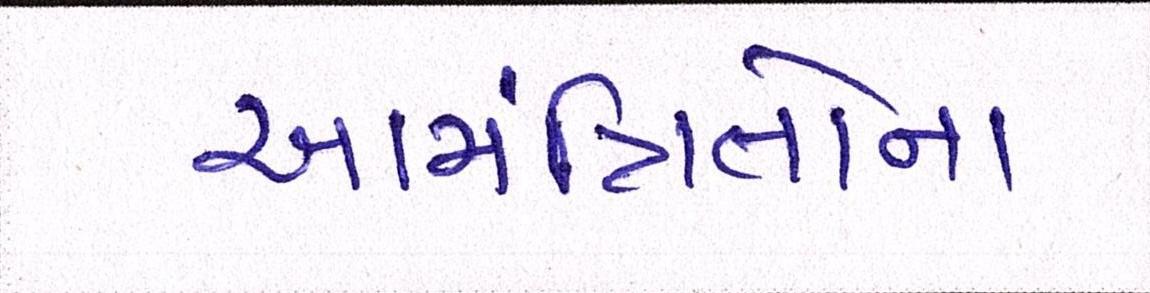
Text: આમંત્રિતોના